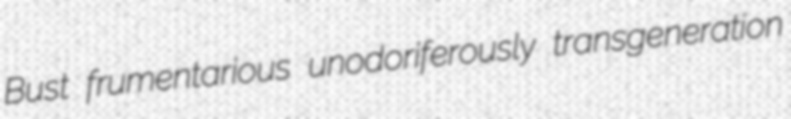
Bust frumentarious unodoriferously transgeneration